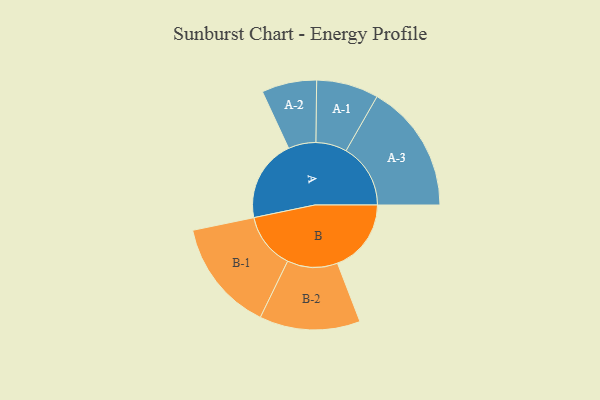
{"axis": {"x": "Segment", "y": "Value"}, "legend": ["", "A", "B"], "data": [{"x": "A", "y": 302, "type": ""}, {"x": "B", "y": 271, "type": ""}, {"x": "A-1", "y": 114, "type": "A"}, {"x": "A-2", "y": 101, "type": "A"}, {"x": "A-3", "y": 237, "type": "A"}, {"x": "B-1", "y": 206, "type": "B"}, {"x": "B-2", "y": 185, "type": "B"}]}